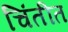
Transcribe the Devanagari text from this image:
चिंतीत